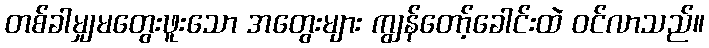
တစ်ခါမျှမတွေးဖူးသော အတွေးများ ကျွန်တော့်ခေါင်းထဲ ဝင်လာသည်။